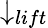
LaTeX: \downarrow_{lift}